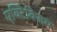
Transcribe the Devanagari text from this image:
एक्टिविजम